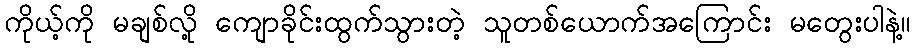
ကိုယ့်ကို မချစ်လို့ ကျောခိုင်းထွက်သွားတဲ့ သူတစ်ယောက်အကြောင်း မတွေးပါနဲ့။